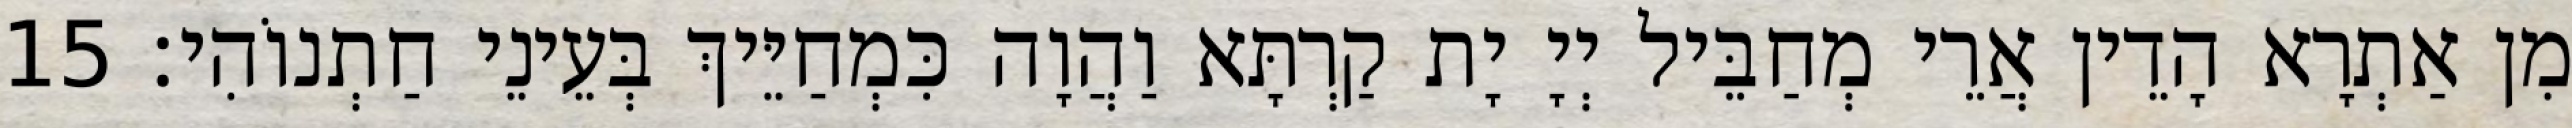
מִן אַתְרָא הָדֵין אֲרֵי מְחַבֵּיל יְיָ יָת קַרְתָּא וַהֲוָה כִּמְחַיֵּיךְ בְּעֵינֵי חַתְנוֹהִי׃ 15